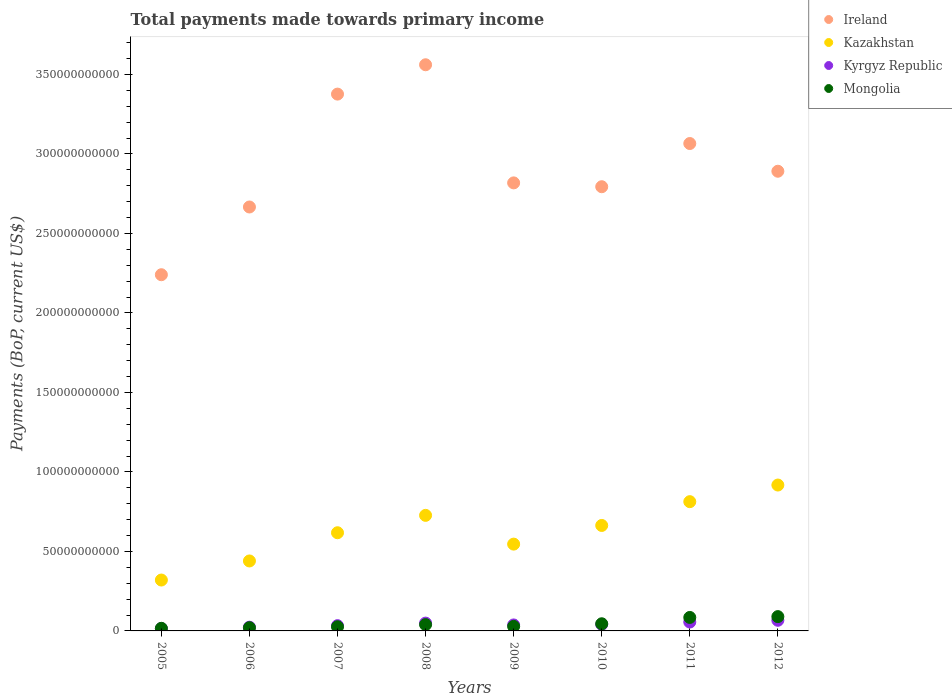
| Years | Ireland | Kazakhstan | Kyrgyz Republic | Mongolia |
 | --- | --- | --- | --- | --- |
 | 2005 | 2.24e+11 | 3.2e+10 | 1.5e+09 | 1.63e+09 |
 | 2006 | 2.67e+11 | 4.4e+10 | 2.34e+09 | 2.04e+09 |
 | 2007 | 3.38e+11 | 6.18e+10 | 3.31e+09 | 2.63e+09 |
 | 2008 | 3.56e+11 | 7.27e+10 | 4.91e+09 | 3.96e+09 |
 | 2009 | 2.82e+11 | 5.46e+10 | 3.76e+09 | 2.85e+09 |
 | 2010 | 2.79e+11 | 6.63e+10 | 4.12e+09 | 4.5e+09 |
 | 2011 | 3.07e+11 | 8.13e+10 | 5.59e+09 | 8.48e+09 |
 | 2012 | 2.89e+11 | 9.18e+10 | 6.69e+09 | 9e+09 |